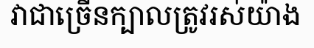
វាជាច្រើនក្បាលត្រូវរស់យ៉ាង